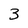
Character: 3